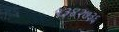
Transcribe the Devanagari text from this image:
१३४२७३६